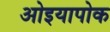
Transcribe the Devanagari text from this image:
ओइयापोक